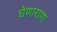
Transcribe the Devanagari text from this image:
घेणाराणा